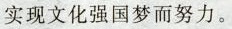
实现文化强国梦而努力。